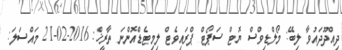
ދިއްދޫދައުވާ ލިބޭ: މޯލްޑިވްސް ޔޮޓް ސަޕޯޓް ޕްރައިވެޓް ލިމިޓެޑްއޮންނަ ތާރީޚް: 2016-02-21 މައްސަލަ: